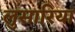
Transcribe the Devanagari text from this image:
लुसारिया